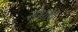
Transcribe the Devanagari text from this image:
संभाब